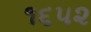
૧૬૫૨